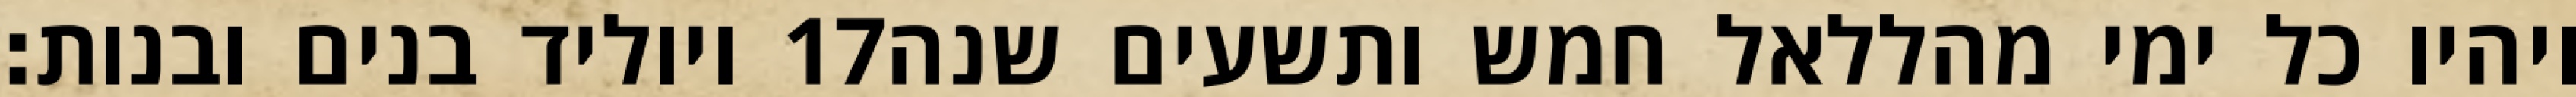
ויוליד בנים ובנות׃ ‎17‏ ויהיו כל ימי מהללאל חמש ותשעים שנה